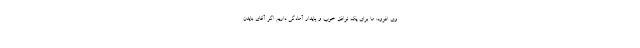
وی افزود: ما برای یک توافق خوب و پایدار آمادگی داریم اگر آقای بایدن